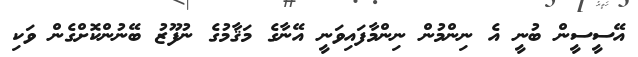
އޭސީސީން ބުނީ އެ ނިންމުން ނިންމާފައިވަނީ އޭނާގެ މަޤާމުގެ ނުފޫޒު ބޭނުންކޮށްގެން ވަކި